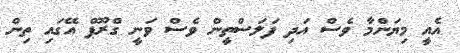
އެއީ މިޔަންމާ ވެސް އަދި ފަލަސްތީން ވެސް ވަނީ ގްރޫޕް އޭގައި ތިން